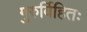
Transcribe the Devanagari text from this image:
गुरुर्विहितः